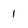
Character: 1